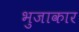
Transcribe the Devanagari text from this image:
भुजाकार